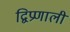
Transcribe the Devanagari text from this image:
द्विप्रणाली